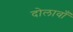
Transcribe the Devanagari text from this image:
दोलावाँ